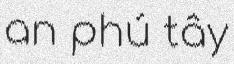
an phú tây